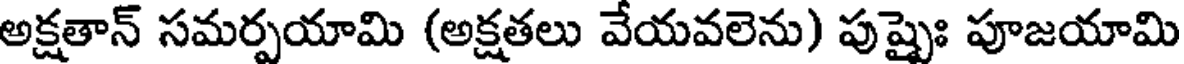
అక్షతాన్ సమర్పయామి (అక్షతలు వేయవలెను) పుష్పైః పూజయామి